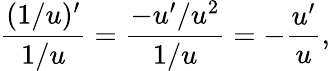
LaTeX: {\frac{(1/u)^{\prime}}{1/u}}={\frac{-u^{\prime}/u^{2}}{1/u}}=-{\frac{u^{\prime}}{u}},